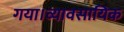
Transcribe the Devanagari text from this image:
गया।व्यावसायिक